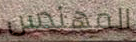
المهندس